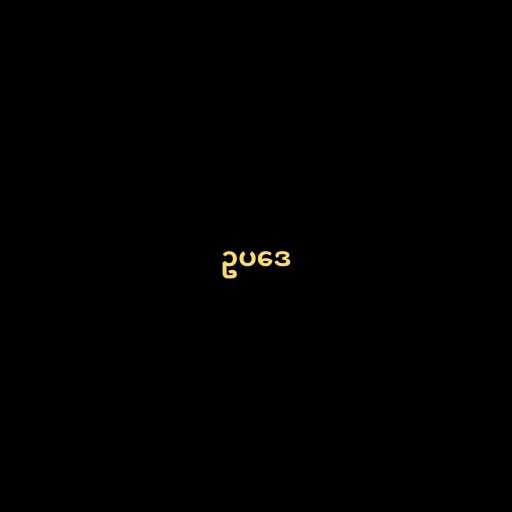
ဥပဒေ